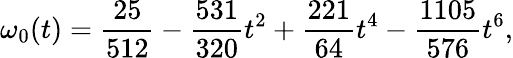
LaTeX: \omega_{0}(t)={\frac{25}{512}}-{\frac{531}{320}}t^{2}+{\frac{221}{64}}t^{4}-{\frac{1105}{576}}t^{6},